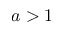
a > 1